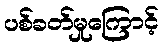
ပစ်ခတ်မှုကြောင့်